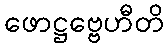
ဖောဋ္ဌဗ္ဗေဟီတိ